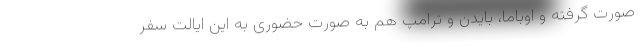
صورت گرفته و اوباما، بایدن و ترامپ هم به صورت حضوری به این ایالت سفر